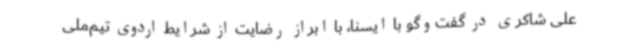
علی شاکری در گفت‌وگو با ایسنا، با ابراز رضایت از شرایط اردوی تیم‌ملی